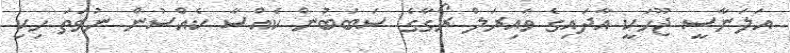
އަލަނާސީ ޖޫހަކީ އާދައިގެ ވައިރަލް ރޯގާގެ ސަބަބުން ކެއްސާ ކެއްސުން ނުވަތަ ހިކި